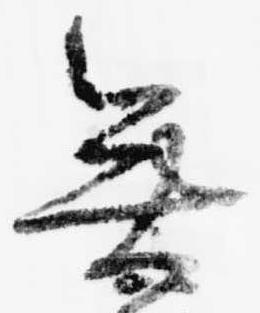
無